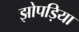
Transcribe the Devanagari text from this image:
झोपड़िया